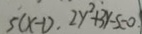
5 ( x - 1 ) . 2 y ^ { 2 } + 3 y - 5 = 0 .